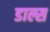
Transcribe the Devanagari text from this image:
डाल्स